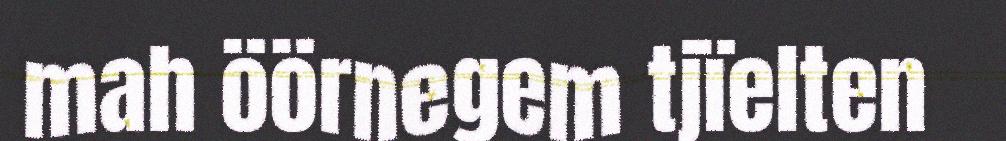
mah öörnegem tjïelten